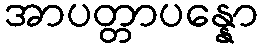
အာပတ္တာပန္နော